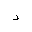
Letter: _dal